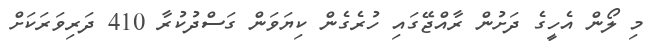
މި ލޯން އެހީގެ ދަށުން ރާއްޖޭގައި ހުރެގެން ކިޔަވަން ގަސްދުކުރާ 410 ދަރިވަރަކަށް